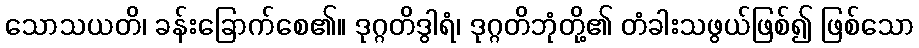
သောသယတိ၊ ခန်းခြောက်စေ၏။ ဒုဂ္ဂတိဒွါရံ၊ ဒုဂ္ဂတိဘုံတို့၏ တံခါးသဖွယ်ဖြစ်၍ ဖြစ်သော